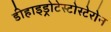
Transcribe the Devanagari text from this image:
डीहाइड्रोटेस्टोस्टेरोन